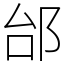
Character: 邰